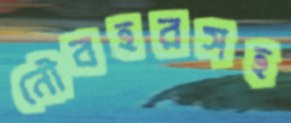
নৌবহরসহ